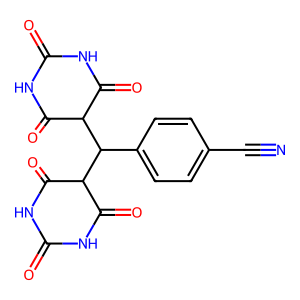
SMILES: N#Cc1ccc(C(C2C(=O)NC(=O)NC2=O)C2C(=O)NC(=O)NC2=O)cc1
Inhibits HIV replication: No